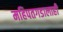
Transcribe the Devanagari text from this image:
महिपतगडालाही